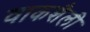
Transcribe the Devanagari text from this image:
वाकशैली